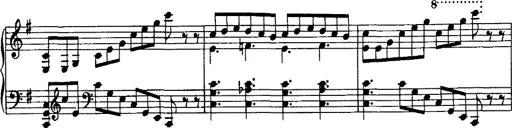
Title: Rondo di bravura
Composer: Franz Liszt